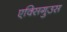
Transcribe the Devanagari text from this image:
एक्सिगुउस